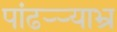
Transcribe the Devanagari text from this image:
पांढऱ्र्‍याभ्र